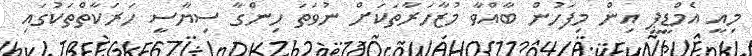
މިއީ އެމްޑީޕީ އިން މިފަހުން ބާއްވާ މުޒާހަރާތަކަށް ނުވަތަ ހިންގާ ސިޔާސީ ހަރަކާތްތަކުގައި